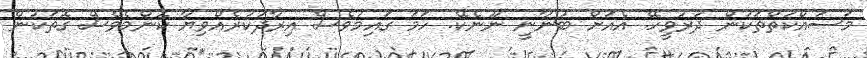
މަސައްކަތްތަކުން ދުރުވީހޭ. އެއަށް ބުނާނީ ނޫނެކޭ. ހަމަ ގައިމުވެސް އިރާދަކުރެއްވިޔާ ކޮންމެވެސް ގޮތަކުން